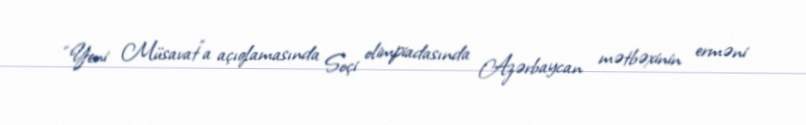
“Yeni Müsavat”a açıqlamasında Soçi olimpiadasında Azərbaycan mətbəxinin erməni